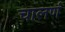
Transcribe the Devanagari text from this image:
चालणं